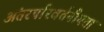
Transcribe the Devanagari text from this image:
अंतरपरिवर्तनीयता